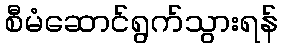
စီမံဆောင်ရွက်သွားရန်